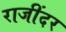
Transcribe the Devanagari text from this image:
राजींदर